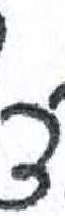
אות: צ